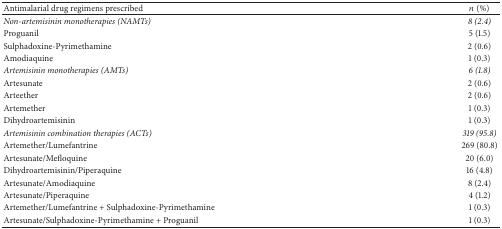
<table><thead><tr><td><b>Antimalarial drug regimens prescribed</b></td><td><b><i>n</i> (%)</b></td></tr></thead><tbody><tr><td><i>Non-artemisinin monotherapies (NAMTs)</i></td><td><i>8 (2.4)</i></td></tr><tr><td>Proguanil</td><td>5 (1.5)</td></tr><tr><td>Sulphadoxine-Pyrimethamine</td><td>2 (0.6)</td></tr><tr><td>Amodiaquine</td><td>1 (0.3)</td></tr><tr><td><i>Artemisinin monotherapies (AMTs)</i></td><td><i>6 (1.8)</i></td></tr><tr><td>Artesunate</td><td>2 (0.6)</td></tr><tr><td>Arteether</td><td>2 (0.6)</td></tr><tr><td>Artemether</td><td>1 (0.3)</td></tr><tr><td>Dihydroartemisinin</td><td>1 (0.3)</td></tr><tr><td><i>Artemisinin combination therapies (ACTs)</i></td><td><i>319 (95.8)</i></td></tr><tr><td>Artemether/Lumefantrine</td><td>269 (80.8)</td></tr><tr><td>Artesunate/Mefloquine</td><td>20 (6.0)</td></tr><tr><td>Dihydroartemisinin/Piperaquine</td><td>16 (4.8)</td></tr><tr><td>Artesunate/Amodiaquine</td><td>8 (2.4)</td></tr><tr><td>Artesunate/Piperaquine</td><td>4 (1.2)</td></tr><tr><td>Artemether/Lumefantrine + Sulphadoxine-Pyrimethamine</td><td>1 (0.3)</td></tr><tr><td>Artesunate/Sulphadoxine-Pyrimethamine + Proguanil</td><td>1 (0.3)</td></tr></tbody></table>